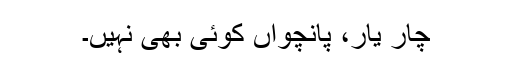
چار یار، پانچواں کوئی بھی نہیں۔